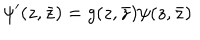
\psi ^ { \prime } ( z , \bar { z } ) = g ( z , \bar { z } ) \psi ( z , \bar { z } )